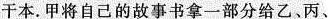
干本。甲将自己的故事书拿一部分给乙、丙、